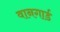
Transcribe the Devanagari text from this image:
वानगार्ड